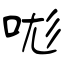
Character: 哤